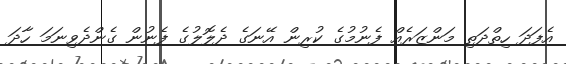
އެފަދަ ހިތްދަތި މަންޒަރެއް ފެނުމުގެ ކުރިން އޭނަގެ ދެލޮލުގެ ފެނުން ގެންދެވިނަމަ ހާދަ